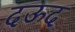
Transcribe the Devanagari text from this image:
दऊद